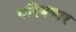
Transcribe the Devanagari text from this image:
परिबवार